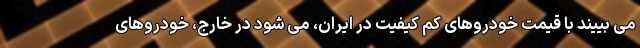
می بییند با قیمت خودروهای کم کیفیت در ایران، می شود در خارج، خودروهای